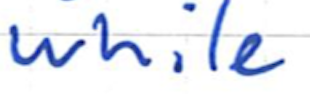
Text: while
Cross-out: clean
Writing tool: ballpoint